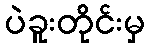
ပဲခူးတိုင်းမှ